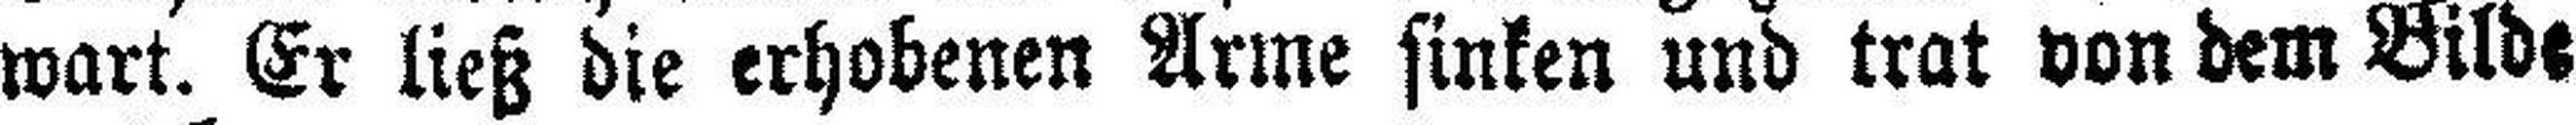
wart. Er ließ die erhobenen Arme sinken und trat von dem Bilde